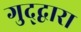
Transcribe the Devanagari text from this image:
गुद्द्वारा